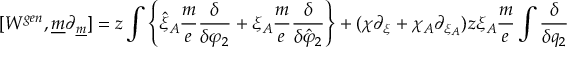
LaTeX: [ W ^ { g e n } , \underline { { { m } } } \partial _ { \underline { { { m } } } } ] = z \int \left\{ \hat { \xi } _ { A } \frac { m } { e } \frac { \delta } { \delta \varphi _ { 2 } } + \xi _ { A } \frac { m } { e } \frac { \delta } { \delta \hat { \varphi } _ { 2 } } \right\} + ( \chi \partial _ { \xi } + \chi _ { A } \partial _ { \xi _ { A } } ) z \xi _ { A } \frac { m } { e } \int \frac { \delta } { \delta q _ { 2 } }